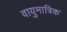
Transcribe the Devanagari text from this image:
वायुमात्रिक